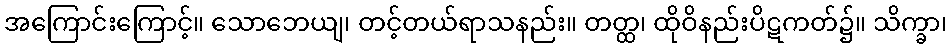
အကြောင်းကြောင့်။ သောဘေယျ၊ တင့်တယ်ရာသနည်း။ တတ္ထ၊ ထိုဝိနည်းပိဋကတ်၌။ သိက္ခာ၊